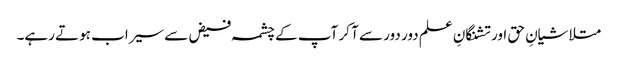
متلاشیانِ حق اور تشنگانِ علم دور دور سے آ کر آپ کے چشمہ فیض سے سیراب ہوتے رہے۔